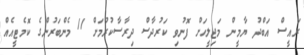
ރައީސް އަބްދު ޔާމީން މަޖިލީހަށް ފޮނުވި ކަރުދާސް ދިރާސާކުރުމަށް 11 މެންބަރުންގެ ކޮމެޓީއެއް